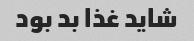
شاید غذا بد بود